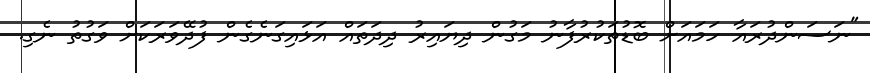
"ނަސަންދުރައާ ހަމައަށް ބޮޑުތަކުރުފާނު މަގުން ދިޔައިރު ދިދަތައް އަޅައިގަނެގެން ފުދޭވަރަކަށް ވަގުތު ނެގި.